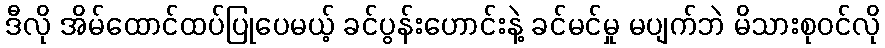
ဒီလို အိမ်ထောင်ထပ်ပြုပေမယ့် ခင်ပွန်းဟောင်းနဲ့ ခင်မင်မှု မပျက်ဘဲ မိသားစုဝင်လို